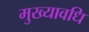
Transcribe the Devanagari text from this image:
मुख्यावधि